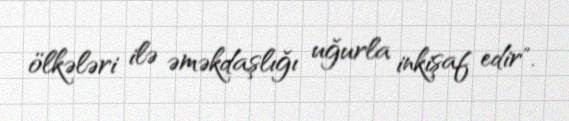
ölkələri ilə əməkdaşlığı uğurla inkişaf edir".